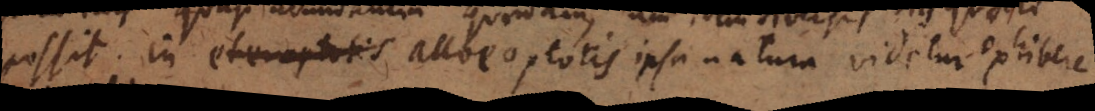
possit. In alloeoptotis ipsa natura videtur exhibere